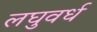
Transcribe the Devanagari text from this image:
लघुवर्ध